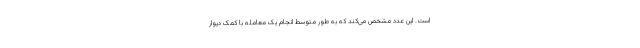
است. این عدد مشخص می‌کند که به طور متوسط انجام یک معامله با کمک دیوار